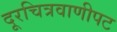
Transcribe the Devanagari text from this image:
दूरचित्रवाणीपट